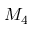
M _ { 4 }